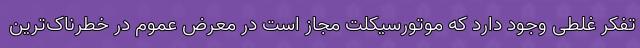
تفکر غلطی وجود دارد که موتورسیکلت مجاز است در معرض عموم در خطرناک‌ترین